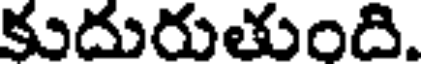
కుదురుతుంది.